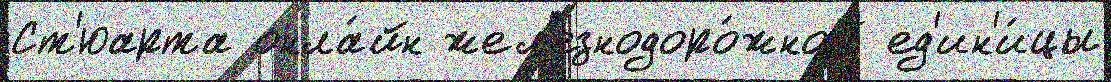
Ст'юарта онла́йн жел'езнодоро́жной ед'ин'и́цы